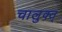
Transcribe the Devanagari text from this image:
चालुक्त्